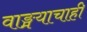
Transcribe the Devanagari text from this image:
वाङ्मयाचाही